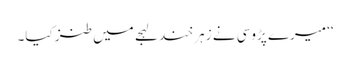
‘‘ میرے پڑوسی نے زہر خند لہجے میں طنز کیا۔